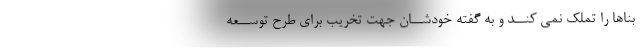
بناها را تملک نمی کنــد و به گفته خودشــان جهت تخریب برای طرح توســعه